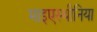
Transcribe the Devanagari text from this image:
माइएस्थीनिया